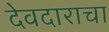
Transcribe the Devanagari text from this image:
देवदाराचा